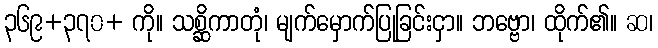
၃၆၉+၃၇၀+ ကို။ သစ္ဆိကာတုံ၊ မျက်မှောက်ပြုခြင်းငှာ။ ဘဗ္ဗော၊ ထိုက်၏။ ဆ၊